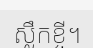
ស្លឹកខ្ចី។